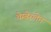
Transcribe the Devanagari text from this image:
चेम्बेरलेन